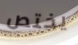
يختص